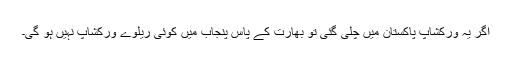
اگر یہ ورکشاپ پاکستان میں چلی گئی تو بھارت کے پاس پنجاب میں کوئی ریلوے ورکشاپ نہیں ہو گی۔